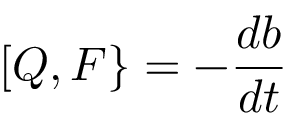
[ Q , F \} = - { \frac { d b } { d t } }